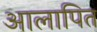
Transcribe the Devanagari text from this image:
आलापित